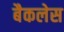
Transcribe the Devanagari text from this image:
बैकलेस